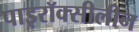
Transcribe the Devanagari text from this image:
पाइरॉक्सीलीन